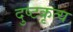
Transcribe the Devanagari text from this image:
दुष्टकृत्य